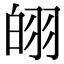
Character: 䎅